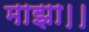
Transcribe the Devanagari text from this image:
माझा।।